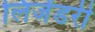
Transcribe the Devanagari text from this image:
लिजेंडरी